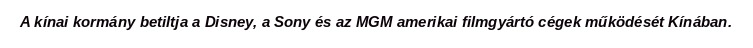
A kínai kormány betiltja a Disney, a Sony és az MGM amerikai filmgyártó cégek működését Kínában.